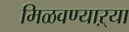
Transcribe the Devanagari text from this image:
मिळवण्याऱ्या